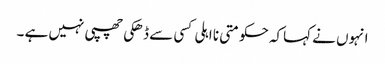
انہوں نے کہاکہ حکومتی نا اہلی کسی سے ڈھکی چھپی نہیں ہے ۔